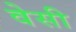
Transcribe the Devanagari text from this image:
वेसी